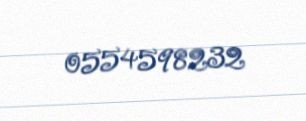
0554598232